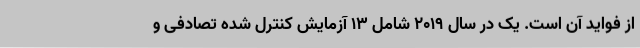
از فواید آن است. یک در سال 2019 شامل 13 آزمایش کنترل شده تصادفی و